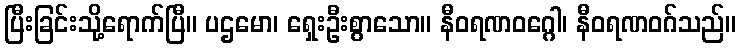
ပြီးခြင်းသို့ရောက်ပြီ။ ပဌမော၊ ရှေးဦးစွာသော။ နီဝရဏဝဂ္ဂေါ၊ နီဝရဏဝဂ်သည်။